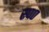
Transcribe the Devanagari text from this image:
स्प०